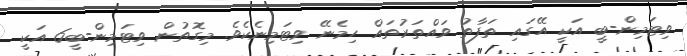
ވިޓަމިން-ބީ އަކީ އޭގައި ތަފާތު ވައްތަރުތައް ހިމެނޭ ވިޓަމިނެކެވެ. މިގޮތުން ވިޓަމިން-ބީ6 އަކީ